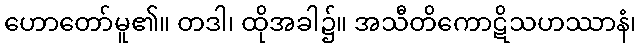
ဟောတော်မူ၏။ တဒါ၊ ထိုအခါ၌။ အသီတိကောဋိသဟဿာနံ၊